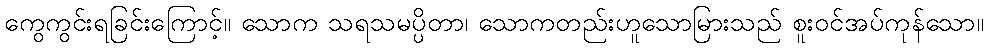
ကွေကွင်းရခြင်းကြောင့်။ သောက သရသမပ္ပိတာ၊ သောကတည်းဟူသောမြားသည် စူးဝင်အပ်ကုန်သော။